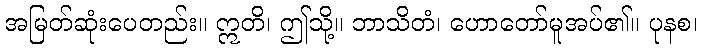
အမြတ်ဆုံးပေတည်း။ ဣတိ၊ ဤသို့။ ဘာသိတံ၊ ဟောတော်မူအပ်၏။ ပုနစ၊